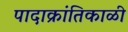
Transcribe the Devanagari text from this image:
पादाक्रांतिकाळी